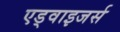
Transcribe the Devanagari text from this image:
एड्वाइजर्स